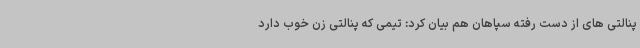
پنالتی های از دست رفته سپاهان هم بیان کرد: تیمی که پنالتی زن خوب دارد